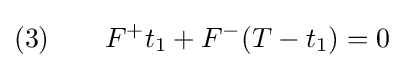
(3)\qquad F^{+}t_{1}+F^{-}(T-t_{1})=0